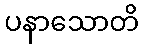
ပနာသောတိ